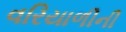
વરિયાળીની